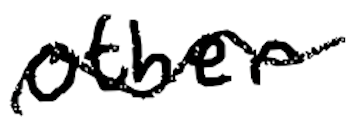
Text: other
Cross-out: mix
Writing tool: digital_black